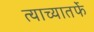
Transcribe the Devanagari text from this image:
त्याच्यातर्फे